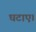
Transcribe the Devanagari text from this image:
घटाए।